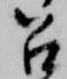
召